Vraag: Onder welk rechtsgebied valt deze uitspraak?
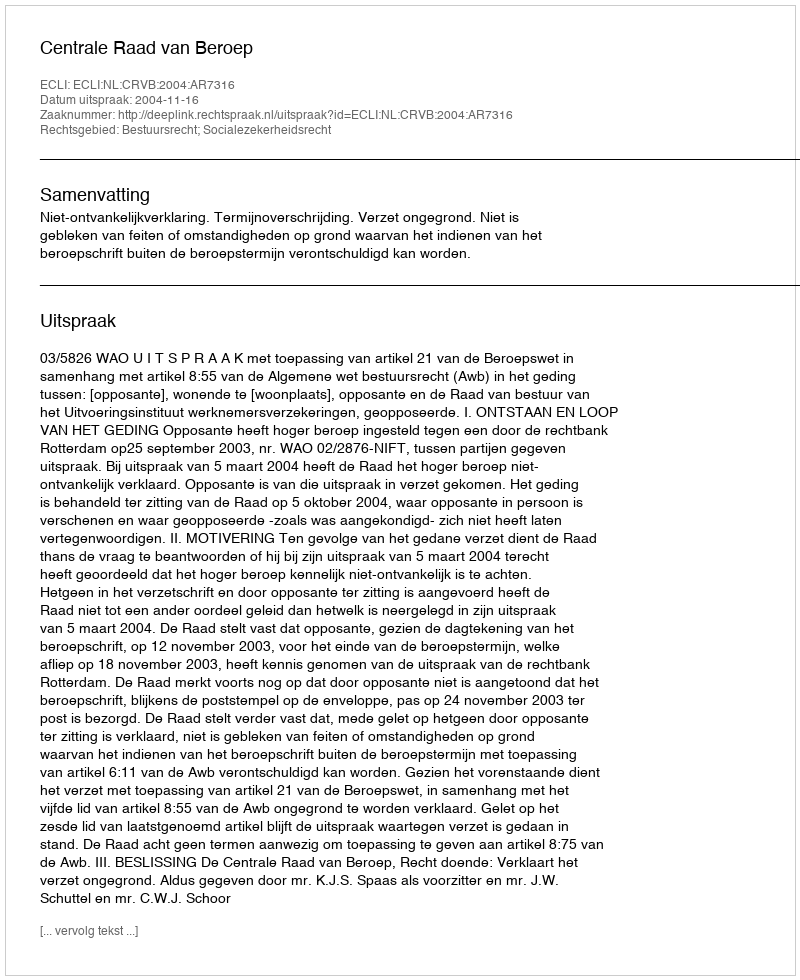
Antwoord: Bestuursrecht; Socialezekerheidsrecht